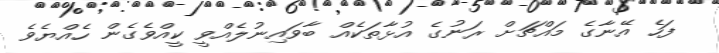
ފަހެ އޭނާގެ މައްޗަށް ރަނުގެ އުޅާތަކެއް ބާވައިނުލެއްވީ ކީއްވެގެން ހެއްޔެވެ